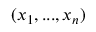
( x _ { 1 } , . . . , x _ { n } )